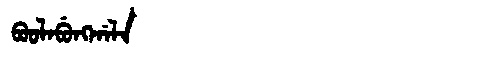
Manchu: ᠪᠣᠣᠯᠠᠪᡠᠩᡤᠠᠯᠠ
Romanization: BOOLABUNGGALA